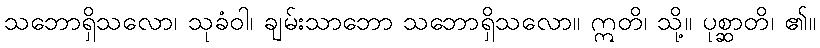
သဘောရှိသလော၊ သုခံဝါ၊ ချမ်းသာဘော သဘောရှိသလော။ ဣတိ၊ သို့။ ပုစ္ဆာတိ၊ ၏။